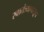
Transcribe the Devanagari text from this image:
स्वातंत्र्यापासून